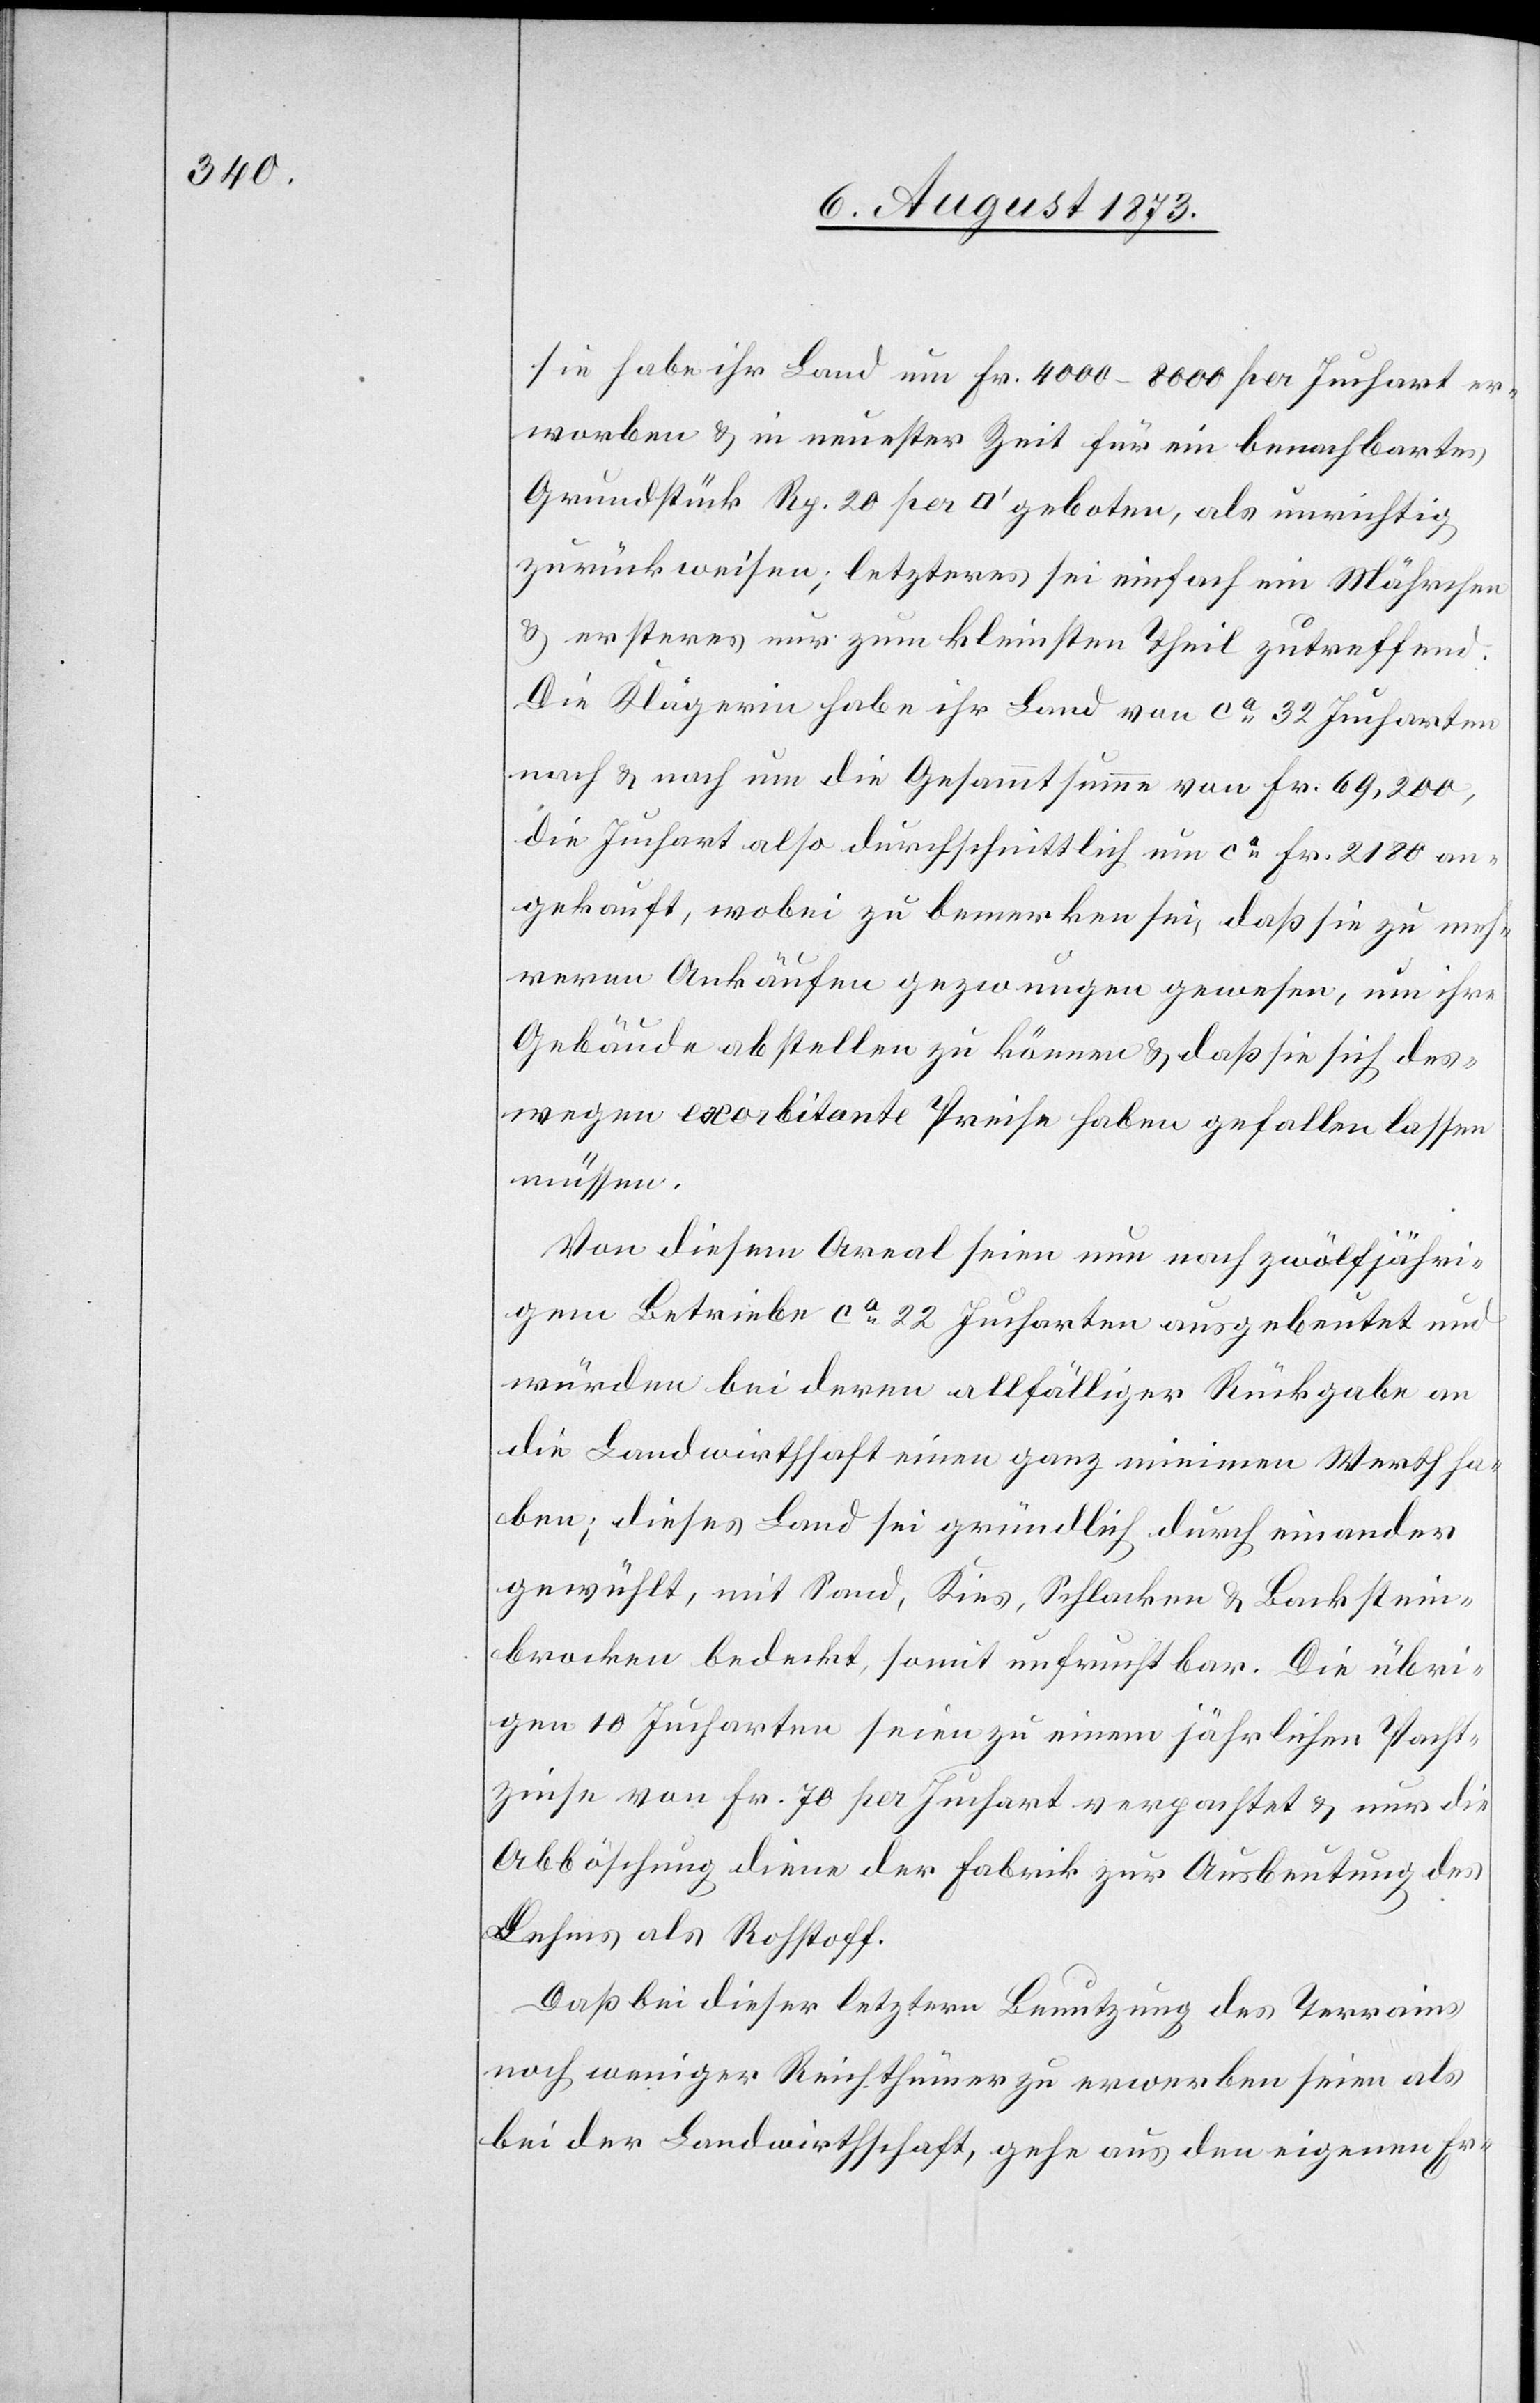
sie habe ihr Land um Fr. 4 000–8 000 per Juchart er¬
worben & in neuester Zeit für ein benachbartes
Grundstück Rp. 20 per [Quadratfuss] geboten, als unrichtig
zurückweisen; letzteres sei einfach ein Mährchen
& ersteres nur zum kleinsten Theil zutreffend.
Die Klägerin habe ihr Land von ca 32 Jucharten
nach & nach um die Gesammtsumme von Fr. 69,200,
die Juchart also durchschnittlich um ca Fr. 2 180 an¬
gekauft, wobei zu bemerken sei, daß sie zu meh¬
reren Ankäufen gezwungen gewesen, um ihre
Gebäude abstellen zu können & daß sie sich des¬
wegen exorbitante Preise haben gefallen lassen
müssen.
Von diesem Areal seien nun nach zwölfjähri¬
gem Betriebe ca 22 Jucharten ausgebeutet und
würden bei deren allfälliger Rückgabe an
die Landwirthschaft einen ganz minimen Werth ha¬
ben; dieses Land sei gründlich durch einander
gewühlt, mit Sand, Kies, Schlacken & Backstein¬
brocken bedeckt, somit unfruchtbar. Die übri¬
gen 10 Jucharten seien zu einem jährlichen Pacht¬
zinse von Fr. 70 per Juchart verpachtet & nur die
Abböschung diene der Fabrik zur Ausbeutung des
Lehms als Rohstoff.
Daß bei dieser letztern Benutzung des Terrains
noch weniger Reichthümer zu erwerben seien als
bei der Landwirthschaft, gehe aus den eigenen Er-